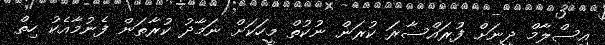
އިސްލާމް ދީނަށް ފުރައްސާރަ ކުރަން ނުކުތް މީހަކަށް ނަމާދު ކުރާތަން ފެނުމާއެކު ހިތް